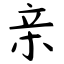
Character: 亲